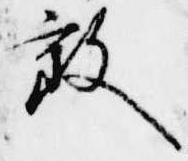
敦